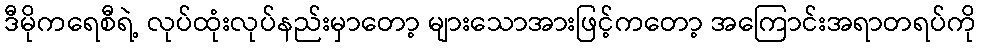
ဒီမိုကရေစီရဲ့ လုပ်ထုံးလုပ်နည်းမှာတော့ များသောအားဖြင့်ကတော့ အကြောင်းအရာတရပ်ကို